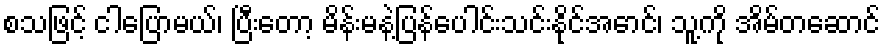
စသဖြင့် ငါပြောမယ်၊ ပြီးတော့ မိန်းမနဲ့ပြန်ပေါင်းသင်းနိုင်အောင်၊ သူ့ကို အိမ်တဆောင်